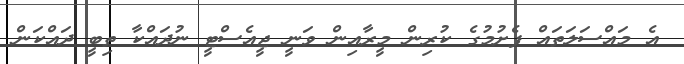
އެ މައްސަލަތައް ފެށުމުގެ ކުރިން މީރާއިން ވަނީ ޖީއެސްޓީ ނުދައްކާ ތިބީ ދައްކަން